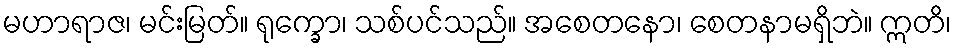
မဟာရာဇ၊ မင်းမြတ်။ ရုက္ခော၊ သစ်ပင်သည်။ အစေတနော၊ စေတနာမရှိဘဲ။ ဣတိ၊